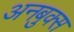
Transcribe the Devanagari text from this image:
अनबुक्स